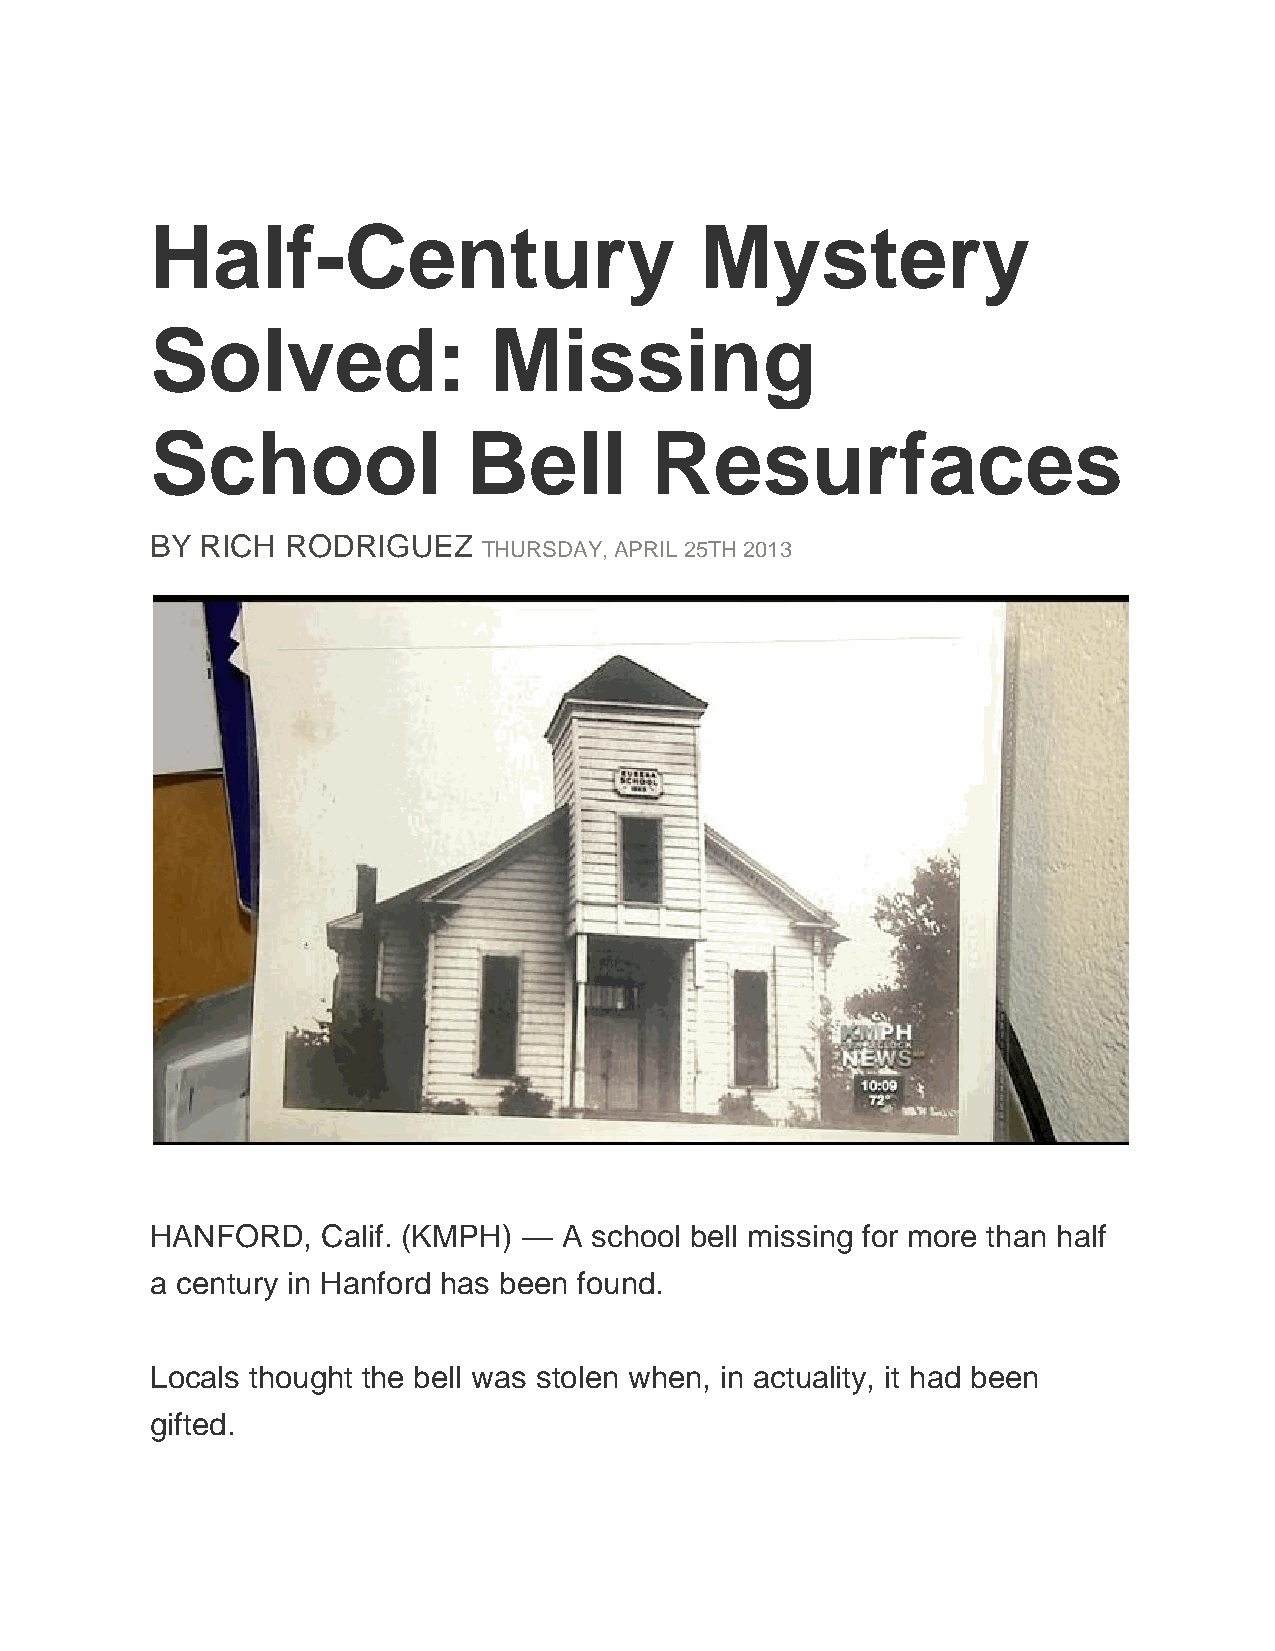
Half-Century                        Mystery
 Solved:               Missing
 School               Bell        Resurfaces
 BY RICH  RODRIGUEZ
 THURSDAY, APRIL 25TH 2013
 HANFORD,   Calif. (KMPH) — A school bell missing for more than half
 a century in Hanford has been found.
 Locals thought the bell was stolen when, in actuality, it had been
 gifted.